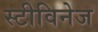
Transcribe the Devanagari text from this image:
स्टीविनेज